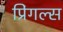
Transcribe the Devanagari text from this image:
प्रिंगल्स